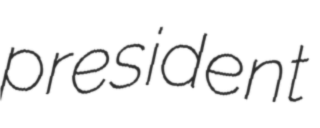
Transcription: president